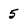
Character: 5